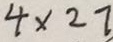
4 \times 2 7